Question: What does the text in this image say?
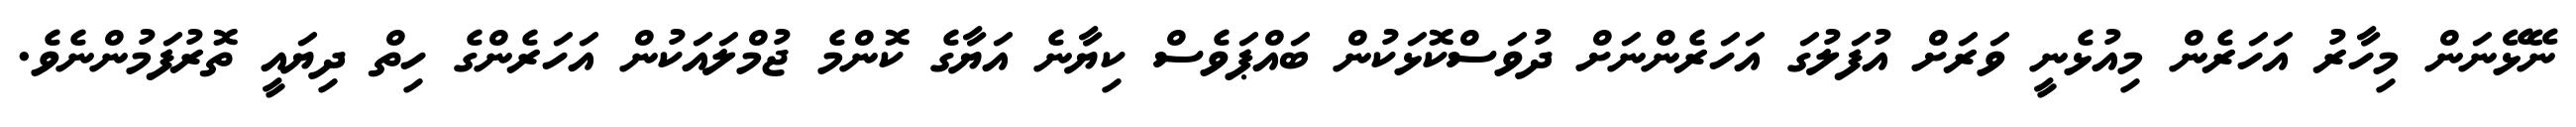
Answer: ނޭޅޭނަން މިހާރު އަހަރެން މިއުޅެނީ ވަރަށް އުފަލުގަ އަހަރެންނަށް ދުވަސްކޮޅަކުން ބައްޕަވެސް ކިޔާނެ އަޔާގެ ކޮންމެ ޖުމްލައަކުން އަހަރެންގެ ހިތް ދިޔައީ ތޮރުފަމުންނެވެ.